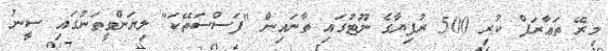
މިރޭ ތަޢާރަފް ކުރި 500 ރުފިޔާގެ ނޫޓުގައި ތާނައިން "ފަސްސަތޭކަ" ލިޔަންވީތަނުގައި ސީނު